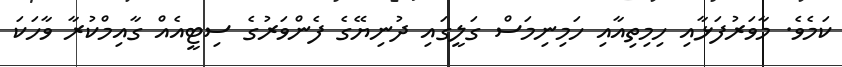
ކަމެވެ. މާވަރުފަޅާއި ހިމިތިއާއި ހަމިނިމަސް ގަލީގައި ދުނިޔޭގެ ފެންވަރުގެ ސިޓީއެއް ގާއިމްކުރާ ވާހަކަ